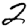
Digit: 2